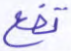
تقع